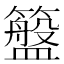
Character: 𮆮